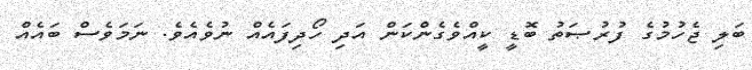
ބަލި ޖެހުމުގެ ފުރުޞަތު ބޮޑީ ކީއްވެގެންކަން އަދި ހޯދިފައެއް ނުވެއެވެ. ނަމަވެސް ބައެއް